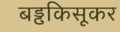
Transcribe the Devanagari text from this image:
बड्ढकिसूकर